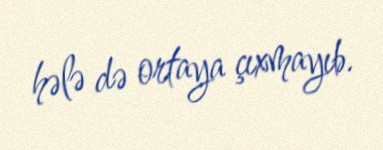
hələ də ortaya çıxmayıb.